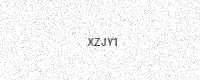
Text: XZJY1